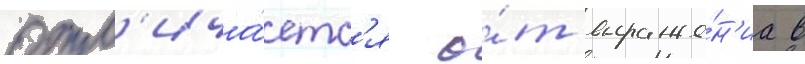
отл'ича́етс'я о́т выраже́н'иа в